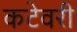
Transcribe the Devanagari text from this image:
कटेवरी